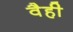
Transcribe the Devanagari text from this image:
वैही